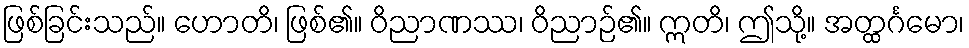
ဖြစ်ခြင်းသည်။ ဟောတိ၊ ဖြစ်၏။ ဝိညာဏဿ၊ ဝိညာဉ်၏။ ဣတိ၊ ဤသို့။ အတ္ထင်္ဂမော၊